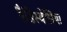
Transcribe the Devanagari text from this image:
रैडिस्थेसिया